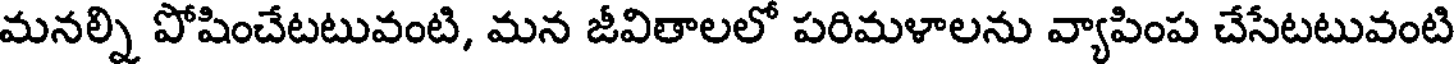
మనల్ని పోషించేటటువంటి, మన జీవితాలలో పరిమళాలను వ్యాపింప చేసేటటువంటి